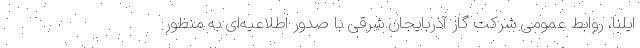
ایلنا، روابط عمومی شرکت گاز آذربایجان شرقی با صدور اطلاعیه‌ای به منظور